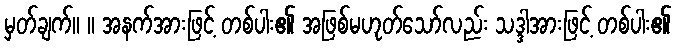
မှတ်ချက်။ ။ အနက်အားဖြင့် တစ်ပါး၏ အဖြစ်မဟုတ်သော်လည်း သဒ္ဒါအားဖြင့် တစ်ပါး၏